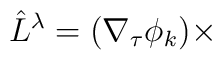
\hat{L}^{\lambda}=(\nabla_{\tau}\phi_k) \times